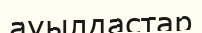
ауылдастар